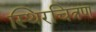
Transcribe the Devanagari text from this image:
स्थिरचित्रण